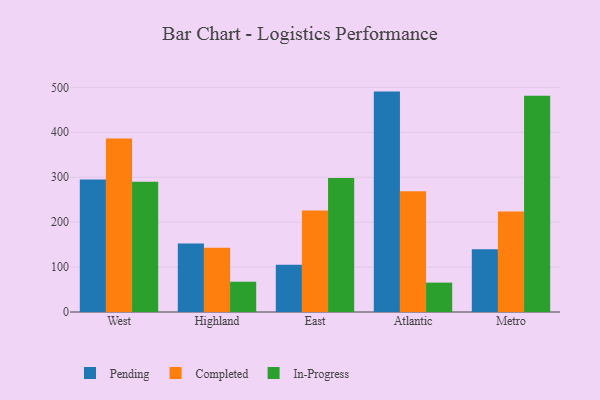
{"axis": {"x": "Region", "y": "Population (Million)"}, "legend": ["Completed", "In-Progress", "Pending"], "data": [{"x": "West", "y": 294.7, "type": "Pending"}, {"x": "West", "y": 385.9, "type": "Completed"}, {"x": "West", "y": 289.9, "type": "In-Progress"}, {"x": "Highland", "y": 152.5, "type": "Pending"}, {"x": "Highland", "y": 143.0, "type": "Completed"}, {"x": "Highland", "y": 67.4, "type": "In-Progress"}, {"x": "East", "y": 104.9, "type": "Pending"}, {"x": "East", "y": 225.7, "type": "Completed"}, {"x": "East", "y": 298.1, "type": "In-Progress"}, {"x": "Atlantic", "y": 490.5, "type": "Pending"}, {"x": "Atlantic", "y": 268.7, "type": "Completed"}, {"x": "Atlantic", "y": 65.4, "type": "In-Progress"}, {"x": "Metro", "y": 139.7, "type": "Pending"}, {"x": "Metro", "y": 223.8, "type": "Completed"}, {"x": "Metro", "y": 481.1, "type": "In-Progress"}]}